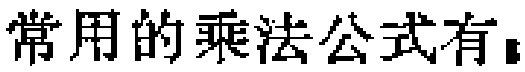
常用的乘法公式有：